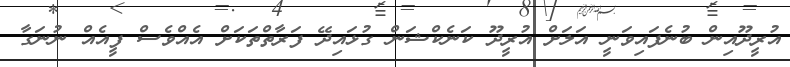
އުރީދޫއިން ބުނެފައިވަނީ އަލަށް އުރީދޫ ކަނެކްޝަން ގުޅައިދޭ ފަރާތްތަކަށް އެއްވެސް ފީއެއް ނުނަގާ